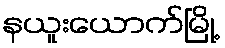
နယူးယောက်မြို့